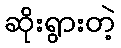
ဆိုးရွားတဲ့